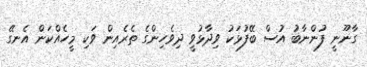
ގާނޫނީ ފުންނާބު އުސް ބޭފުޅަކު ވިދާޅުވީ ދިވެހިންގެ ތެރެއިން ވަކި މީހެއްކަން އެނގޭ